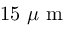
1 5 ~ \mu \mathrm { ~ m ~ }